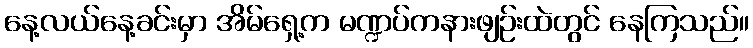
နေ့လယ်နေ့ခင်းမှာ အိမ်ရှေ့က မဏ္ဍပ်ကနားဖျဉ်းထဲတွင် နေကြသည်။